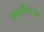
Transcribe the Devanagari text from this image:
विद्यापीठाच्‍या